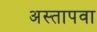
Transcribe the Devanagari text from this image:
अस्तापवा